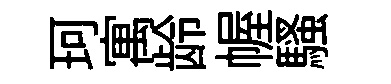
珂寓龄幄騷